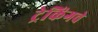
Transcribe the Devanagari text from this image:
ट्रेकिंगचे